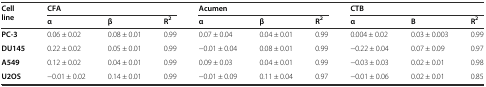
<table><thead><tr><td rowspan="2"><b>Cell line</b></td><td colspan="3"><b>CFA</b></td><td colspan="3"><b>Acumen</b></td><td colspan="3"><b>CTB</b></td></tr><tr><td><b>α</b></td><td><b>β</b></td><td><b>R<sup>2</sup></b></td><td><b>α</b></td><td><b>β</b></td><td><b>R<sup>2</sup></b></td><td><b>α</b></td><td><b>B</b></td><td><b>R<sup>2</sup></b></td></tr></thead><tbody><tr><td><b>PC-3</b></td><td>0.06 ± 0.02</td><td>0.08 ± 0.01</td><td>0.99</td><td>0.07 ± 0.04</td><td>0.04 ± 0.01</td><td>0.99</td><td>0.004 ± 0.02</td><td>0.03 ± 0.003</td><td>0.99</td></tr><tr><td><b>DU145</b></td><td>0.22 ± 0.02</td><td>0.05 ± 0.01</td><td>0.99</td><td>−0.01 ± 0.04</td><td>0.08 ± 0.01</td><td>0.99</td><td>−0.22 ± 0.04</td><td>0.07 ± 0.09</td><td>0.97</td></tr><tr><td><b>A549</b></td><td>0.12 ± 0.02</td><td>0.04 ± 0.01</td><td>0.99</td><td>0.09 ± 0.03</td><td>0.04 ± 0.01</td><td>0.99</td><td>−0.03 ± 0.03</td><td>0.02 ± 0.01</td><td>0.98</td></tr><tr><td><b>U2OS</b></td><td>−0.01 ± 0.02</td><td>0.14 ± 0.01</td><td>0.99</td><td>−0.01 ± 0.09</td><td>0.11 ± 0.04</td><td>0.97</td><td>−0.01 ± 0.06</td><td>0.02 ± 0.01</td><td>0.85</td></tr></tbody></table>